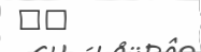
١١